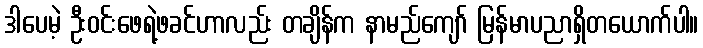
ဒါပေမဲ့ ဦးဝင်းဖေရဲ့ဖခင်ဟာလည်း တချိန်က နာမည်ကျော် မြန်မာပညာရှိတယောက်ပါ။